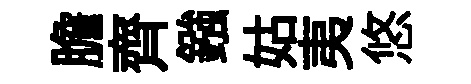
膽齊鏹姑夷悠